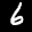
Label: 6